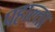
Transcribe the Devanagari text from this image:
पहाल्ता